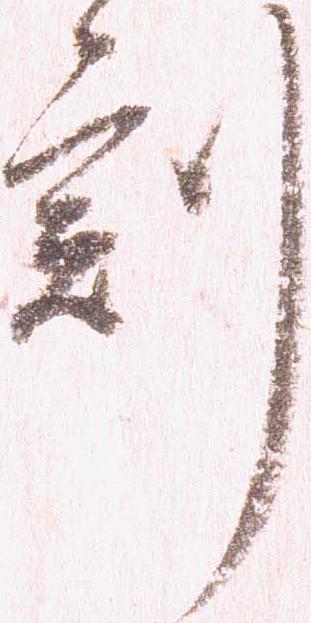
刻